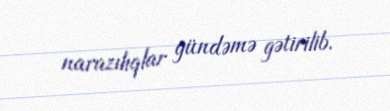
narazılıqlar gündəmə gətirilib.